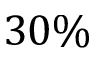
3 0 \%